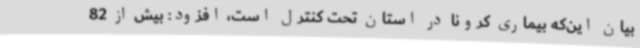
بیان این‌که بیماری کرونا در استان تحت کنترل است، افزود: بیش از 82